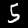
Label: 5